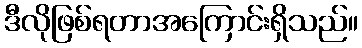
ဒီလိုဖြစ်ရတာအကြောင်းရှိသည်။